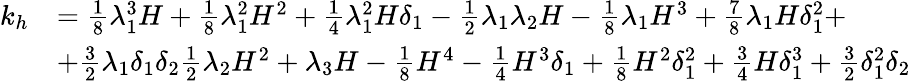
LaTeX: \begin{array}{rl}{k_{h}}&{=\frac{1}{8}\lambda_{1}^{3}H+\frac{1}{8}\lambda_{1}^{2}H^{2}+\frac{1}{4}\lambda_{1}^{2}H\delta_{1}-\frac{1}{2}\lambda_{1}\lambda_{2}H-\frac{1}{8}\lambda_{1}H^{3}+\frac{7}{8}\lambda_{1}H\delta_{1}^{2}+}\\ &{+\frac{3}{2}\lambda_{1}\delta_{1}\delta_{2}\frac{1}{2}\lambda_{2}H^{2}+\lambda_{3}H-\frac{1}{8}H^{4}-\frac{1}{4}H^{3}\delta_{1}+\frac{1}{8}H^{2}\delta_{1}^{2}+\frac{3}{4}H\delta_{1}^{3}+\frac{3}{2}\delta_{1}^{2}\delta_{2}}\end{array}